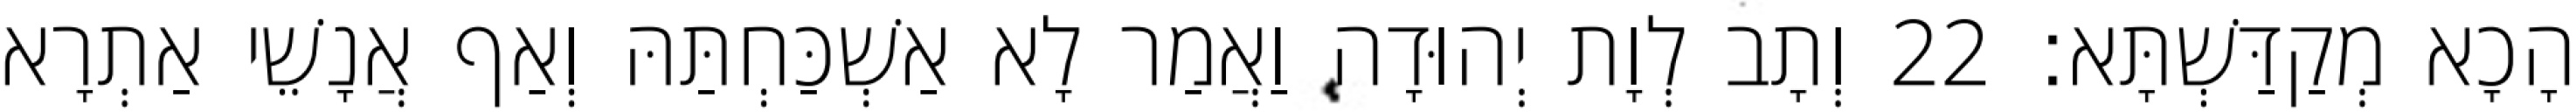
הָכָא מְקַדַּשְׁתָּא׃ 22 וְתָב לְוָת יְהוּדָה וַאֲמַר לָא אַשְׁכַּחְתַּהּ וְאַף אֲנָשֵׁי אַתְרָא